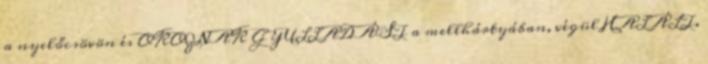
a nyelőcsövön és OKOZNAK GYULLADÁST a mellhártyában, végül HALÁLT.